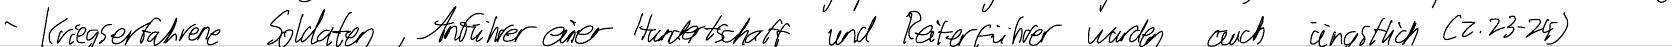
- kriegserfahrene Soldaten, Anführer einer Hundertschaft und Reiterführer wurden auch ängstlich (Z.23-24)